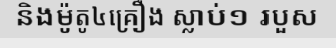
និងម៉ូតូ៤គ្រឿង ស្លាប់១ របួស